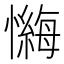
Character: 𪬶